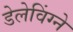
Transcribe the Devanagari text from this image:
डेलेविंग्ने